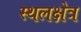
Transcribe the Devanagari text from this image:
स्थलक्षेत्र